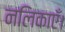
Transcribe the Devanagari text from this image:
नलिकाएँ।